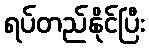
ရပ်တည်နိုင်ပြီး